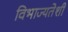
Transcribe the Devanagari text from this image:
विभाज्यतेशी